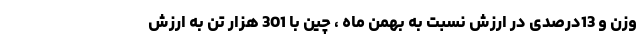
وزن و 13درصدی در ارزش نسبت به بهمن ماه ، چین با 301 هزار تن به ارزش